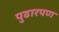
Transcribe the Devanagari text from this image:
पुढारपण